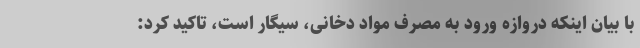
با بیان اینکه دروازه ورود به مصرف مواد دخانی، سیگار است، تاکید کرد: